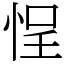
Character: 悜